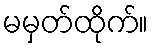
မမှတ်ထိုက်။